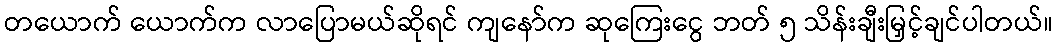
တယောက် ယောက်က လာပြောမယ်ဆိုရင် ကျနော်က ဆုကြေးငွေ ဘတ် ၅ သိန်းချီးမြှင့်ချင်ပါတယ်။